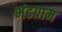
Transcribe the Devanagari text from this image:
भंडग्राम